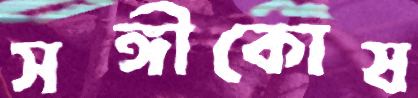
সঙ্গীকোষ